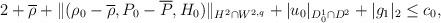
LaTeX: \begin{align*}2+\overline{\rho}+\|(\rho_0-\overline{\rho}, P_0-\overline{P}, H_0)\|_{H^2\cap W^{2,q}}+|u_0|_{D^1_0\cap D^2}+|g_1|_{2}\leq c_0,\end{align*}